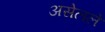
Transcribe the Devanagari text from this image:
असेलले